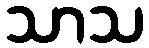
သာသ